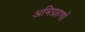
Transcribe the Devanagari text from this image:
अभिग्रहणों